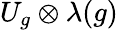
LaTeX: U_{g}\otimes\lambda(g)